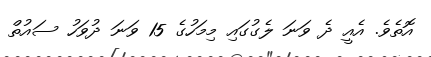
އޮތެވެ. އެއީ ދެ ވަނަ ލެގުގައި މިމަހުގެ 15 ވަނަ ދުވަހު ސައުތް